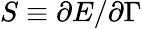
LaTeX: S\equiv\partial E/\partial\Gamma